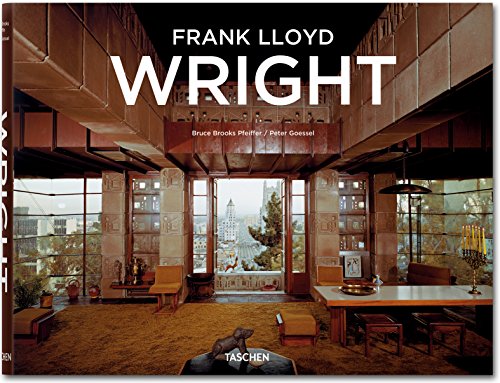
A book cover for Frank Lloyd Wright; Bruce Brooks Pfeiffer; Arts & Photography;